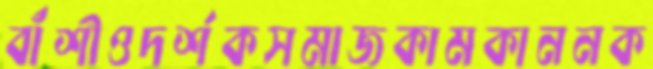
বাঁশীওদর্শকসমাজকামকাননক